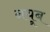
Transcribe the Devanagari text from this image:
नयूब